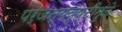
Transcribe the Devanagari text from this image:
पर्जन्यवृष्टीमुळे